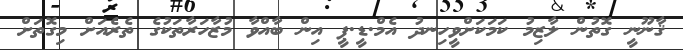
ޤާނޫނީ ގޮތުން ލާޒިމު ކަމަކަށްވީހިނދު އެމް.ޑީ.ޕީ އިން ބާއްވާ މުޒާހަރާތަކުގެ ތެރެއަށް މިގޮތަށް